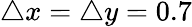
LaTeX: \triangle x=\triangle y=0.7